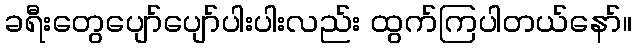
ခရီးတွေပျော်ပျော်ပါးပါးလည်း ထွက်ကြပါတယ်နော်။